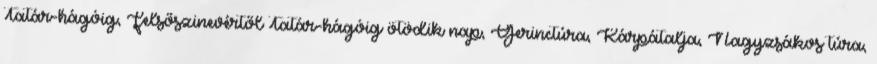
Tatár-hágóig, Felsőszinevértől Tatár-hágóig ötödik nap, Gerinctúra, Kárpátalja, Nagyzsákos túra,